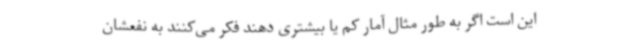
این است اگر به طور مثال آمار کم یا بیشتری دهند فکر می‌کنند به نفعشان